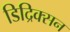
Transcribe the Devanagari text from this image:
डिद्रिक्सन